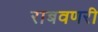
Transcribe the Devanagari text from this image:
राबवणरी